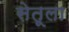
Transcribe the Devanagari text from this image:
सेतूला